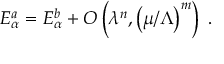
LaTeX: E _ { \alpha } ^ { a } = E _ { \alpha } ^ { b } + O \left( \lambda ^ { n } , \left( { \mu / \Lambda } \right) ^ { m } \right) \; .